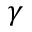
\gamma